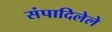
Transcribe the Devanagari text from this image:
संपादिलेले